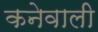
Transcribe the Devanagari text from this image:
कनेवाली